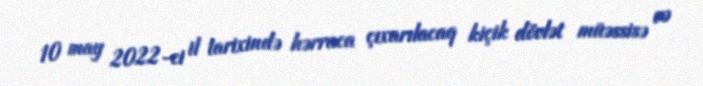
10 may 2022-ci il tarixində hərraca çıxarılacaq kiçik dövlət müəssisə və